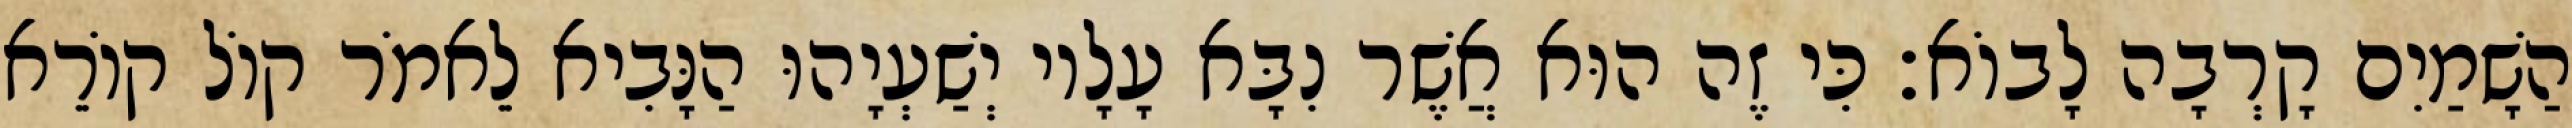
הַשָׁמַיִם קָרְבָה לָבוֹא׃ כִּי זֶה הוּא אֲשֶׁר נִבָּא עָלָיו יְשַׁעְיָהוּ הַנָּבִיא לֵאמֹר קוֹל קוֹרֵא